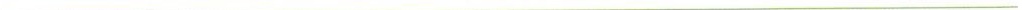
___